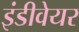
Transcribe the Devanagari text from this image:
इंडीवेयर